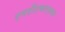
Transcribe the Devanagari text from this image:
एनटीएफएसवर